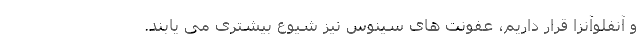
و آنفلوآنزا قرار داریم، عفونت های سینوس نیز شیوع بیشتری می یابند.